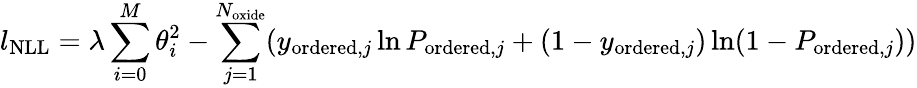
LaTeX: l_{\mathrm{NLL}}=\lambda\sum_{i=0}^{M}\theta_{i}^{2}-\sum_{j=1}^{N_{\mathrm{oxide}}}(y_{\mathrm{ordered},j}\ln{P_{\mathrm{ordered},j}}+(1-y_{\mathrm{ordered},j})\ln(1-P_{\mathrm{ordered},j}))